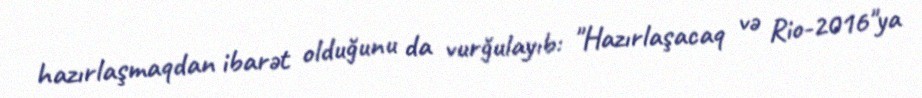
hazırlaşmaqdan ibarət olduğunu da vurğulayıb: "Hazırlaşacaq və Rio-2016"ya